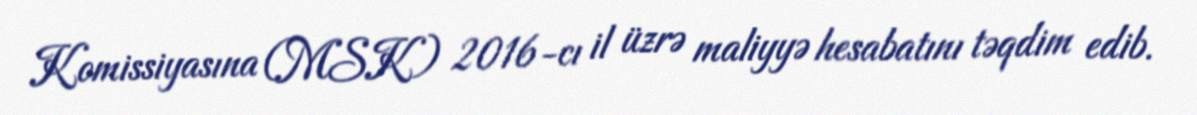
Komissiyasına (MSK) 2016-cı il üzrə maliyyə hesabatını təqdim edib.